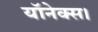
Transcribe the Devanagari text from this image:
यॉनेक्स।